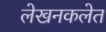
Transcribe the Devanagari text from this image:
लेखनकलेत